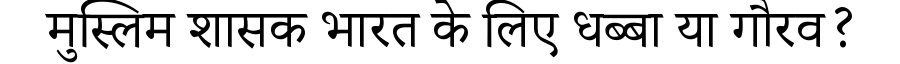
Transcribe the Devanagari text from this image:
मुस्लिम शासक भारत के लिए धब्बा या गौरव?